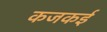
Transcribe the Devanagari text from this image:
कजकई